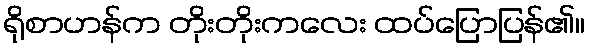
ရိုစာဟန်က တိုးတိုးကလေး ထပ်ပြောပြန်၏။